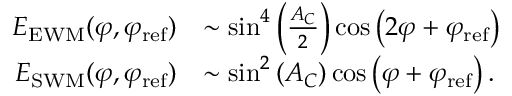
\begin{array} { r l } { E _ { \mathrm { E W M } } ( \varphi , \varphi _ { \mathrm { r e f } } ) } & { \sim \sin ^ { 4 } \left( \frac { A _ { C } } { 2 } \right) \cos \left( 2 \varphi + \varphi _ { \mathrm { r e f } } \right) } \\ { E _ { \mathrm { S W M } } ( \varphi , \varphi _ { \mathrm { r e f } } ) } & { \sim \sin ^ { 2 } \left( A _ { C } \right) \cos \left( \varphi + \varphi _ { \mathrm { r e f } } \right) . } \end{array}